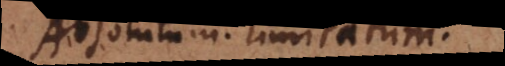
Absolutum. Limitatum.